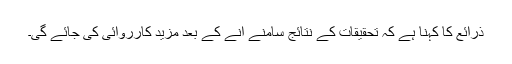
ذرائع کا کہنا ہے کہ تحقیقات کے نتائج سامنے آنے کے بعد مزید کارروائی کی جائے گی۔